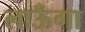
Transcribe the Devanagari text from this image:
लाऊँगा